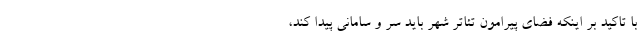
با تاکید بر اینکه فضای پیرامون تئاتر شهر باید سر و سامانی پیدا کند،